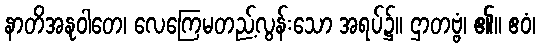
နာတိအနုဝါတေ၊ လေကြေမတည့်လွန်းသော အရပ်၌။ ဌာတဗ္ဗံ၊ ၏။ ဧဝံ၊